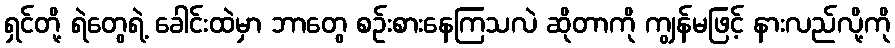
ရှင်တို့ ရဲတွေရဲ့ ခေါင်းထဲမှာ ဘာတွေ စဉ်းစားနေကြသလဲ ဆိုတာကို ကျွန်မဖြင့် နားလည်လို့ကို